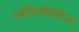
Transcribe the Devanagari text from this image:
प्लँगिओक्लेज